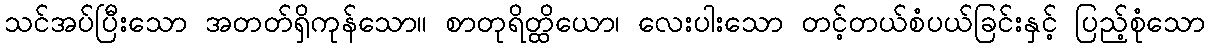
သင်အပ်ပြီးသော အတတ်ရှိကုန်သော။ စာတုရိတ္ထိယော၊ လေးပါးသော တင့်တယ်စံပယ်ခြင်းနှင့် ပြည့်စုံသော